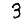
Digit: 3